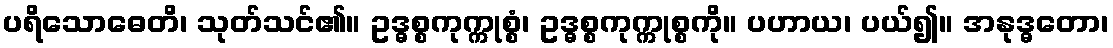
ပရိသောဓေတိ၊ သုတ်သင်၏။ ဥဒ္ဓစ္စကုက္ကုစ္စံ၊ ဥဒ္ဓစ္စကုက္ကုစ္စကို။ ပဟာယ၊ ပယ်၍။ အနုဒ္ဓတော၊